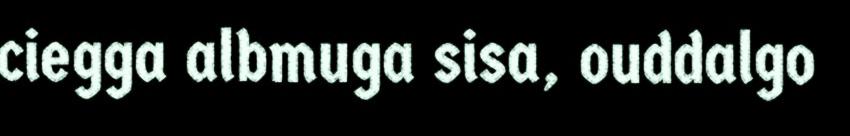
ciegga albmuga sisa, ouddalgo